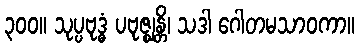
၃၀၀။ သုပ္ပဗုဒ္ဓံ ပဗုဇ္ဈန္တိ၊ သဒါ ဂေါတမသာဝကာ။